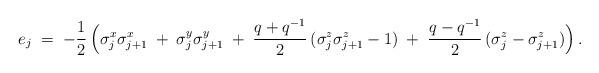
LaTeX: \begin{align*}e_j \;=\; -\frac12\,\Bigl(\sigma_j^x\sigma_{j+1}^x \;+\;\sigma^y_j\sigma_{j+1}^y \;+\;\frac{q+q^{-1}}2\,(\sigma^z_j\sigma^z_{j+1}-1) \;+\;\frac{q-q^{-1}}2\,(\sigma^z_j-\sigma^z_{j+1}) \Bigr)\,.\end{align*}